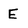
Character: E